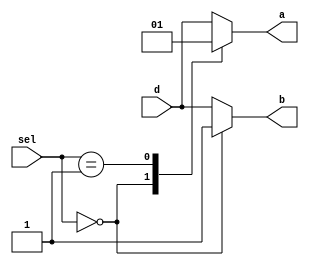
module test
  (output reg       a,
   output reg	    b,
   input wire [1:0] sel,
   input wire	    d
   /* */);

   always @* begin
      b = d;
      case (sel)
	0:
	  begin
	     a = 0;
	     b = 1;
	  end
	1:
	  begin
	     a = 1;
	     //b = 0; // Pick up input from d instead.
	  end
	default:
	  begin
	     a = d;
	  end
      endcase // case (sel)
   end // always @ *

endmodule